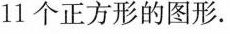
11个正方形的图形。